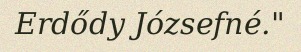
Erdődy Józsefné."